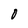
Character: O